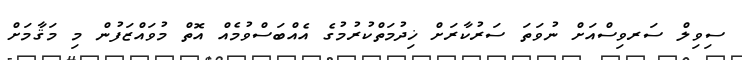
ސިވިލް ސަރވިސްއަށް ނުވަތަ ސަރުކާރަށް ޚިދުމަތްކުރުމުގެ އެއްބަސްވުމެއް އޮތް މުވައްޒަފުން މި މަޤާމަށް